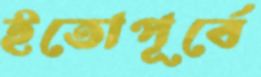
ইতোপূর্বে